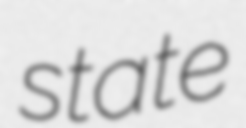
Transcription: state